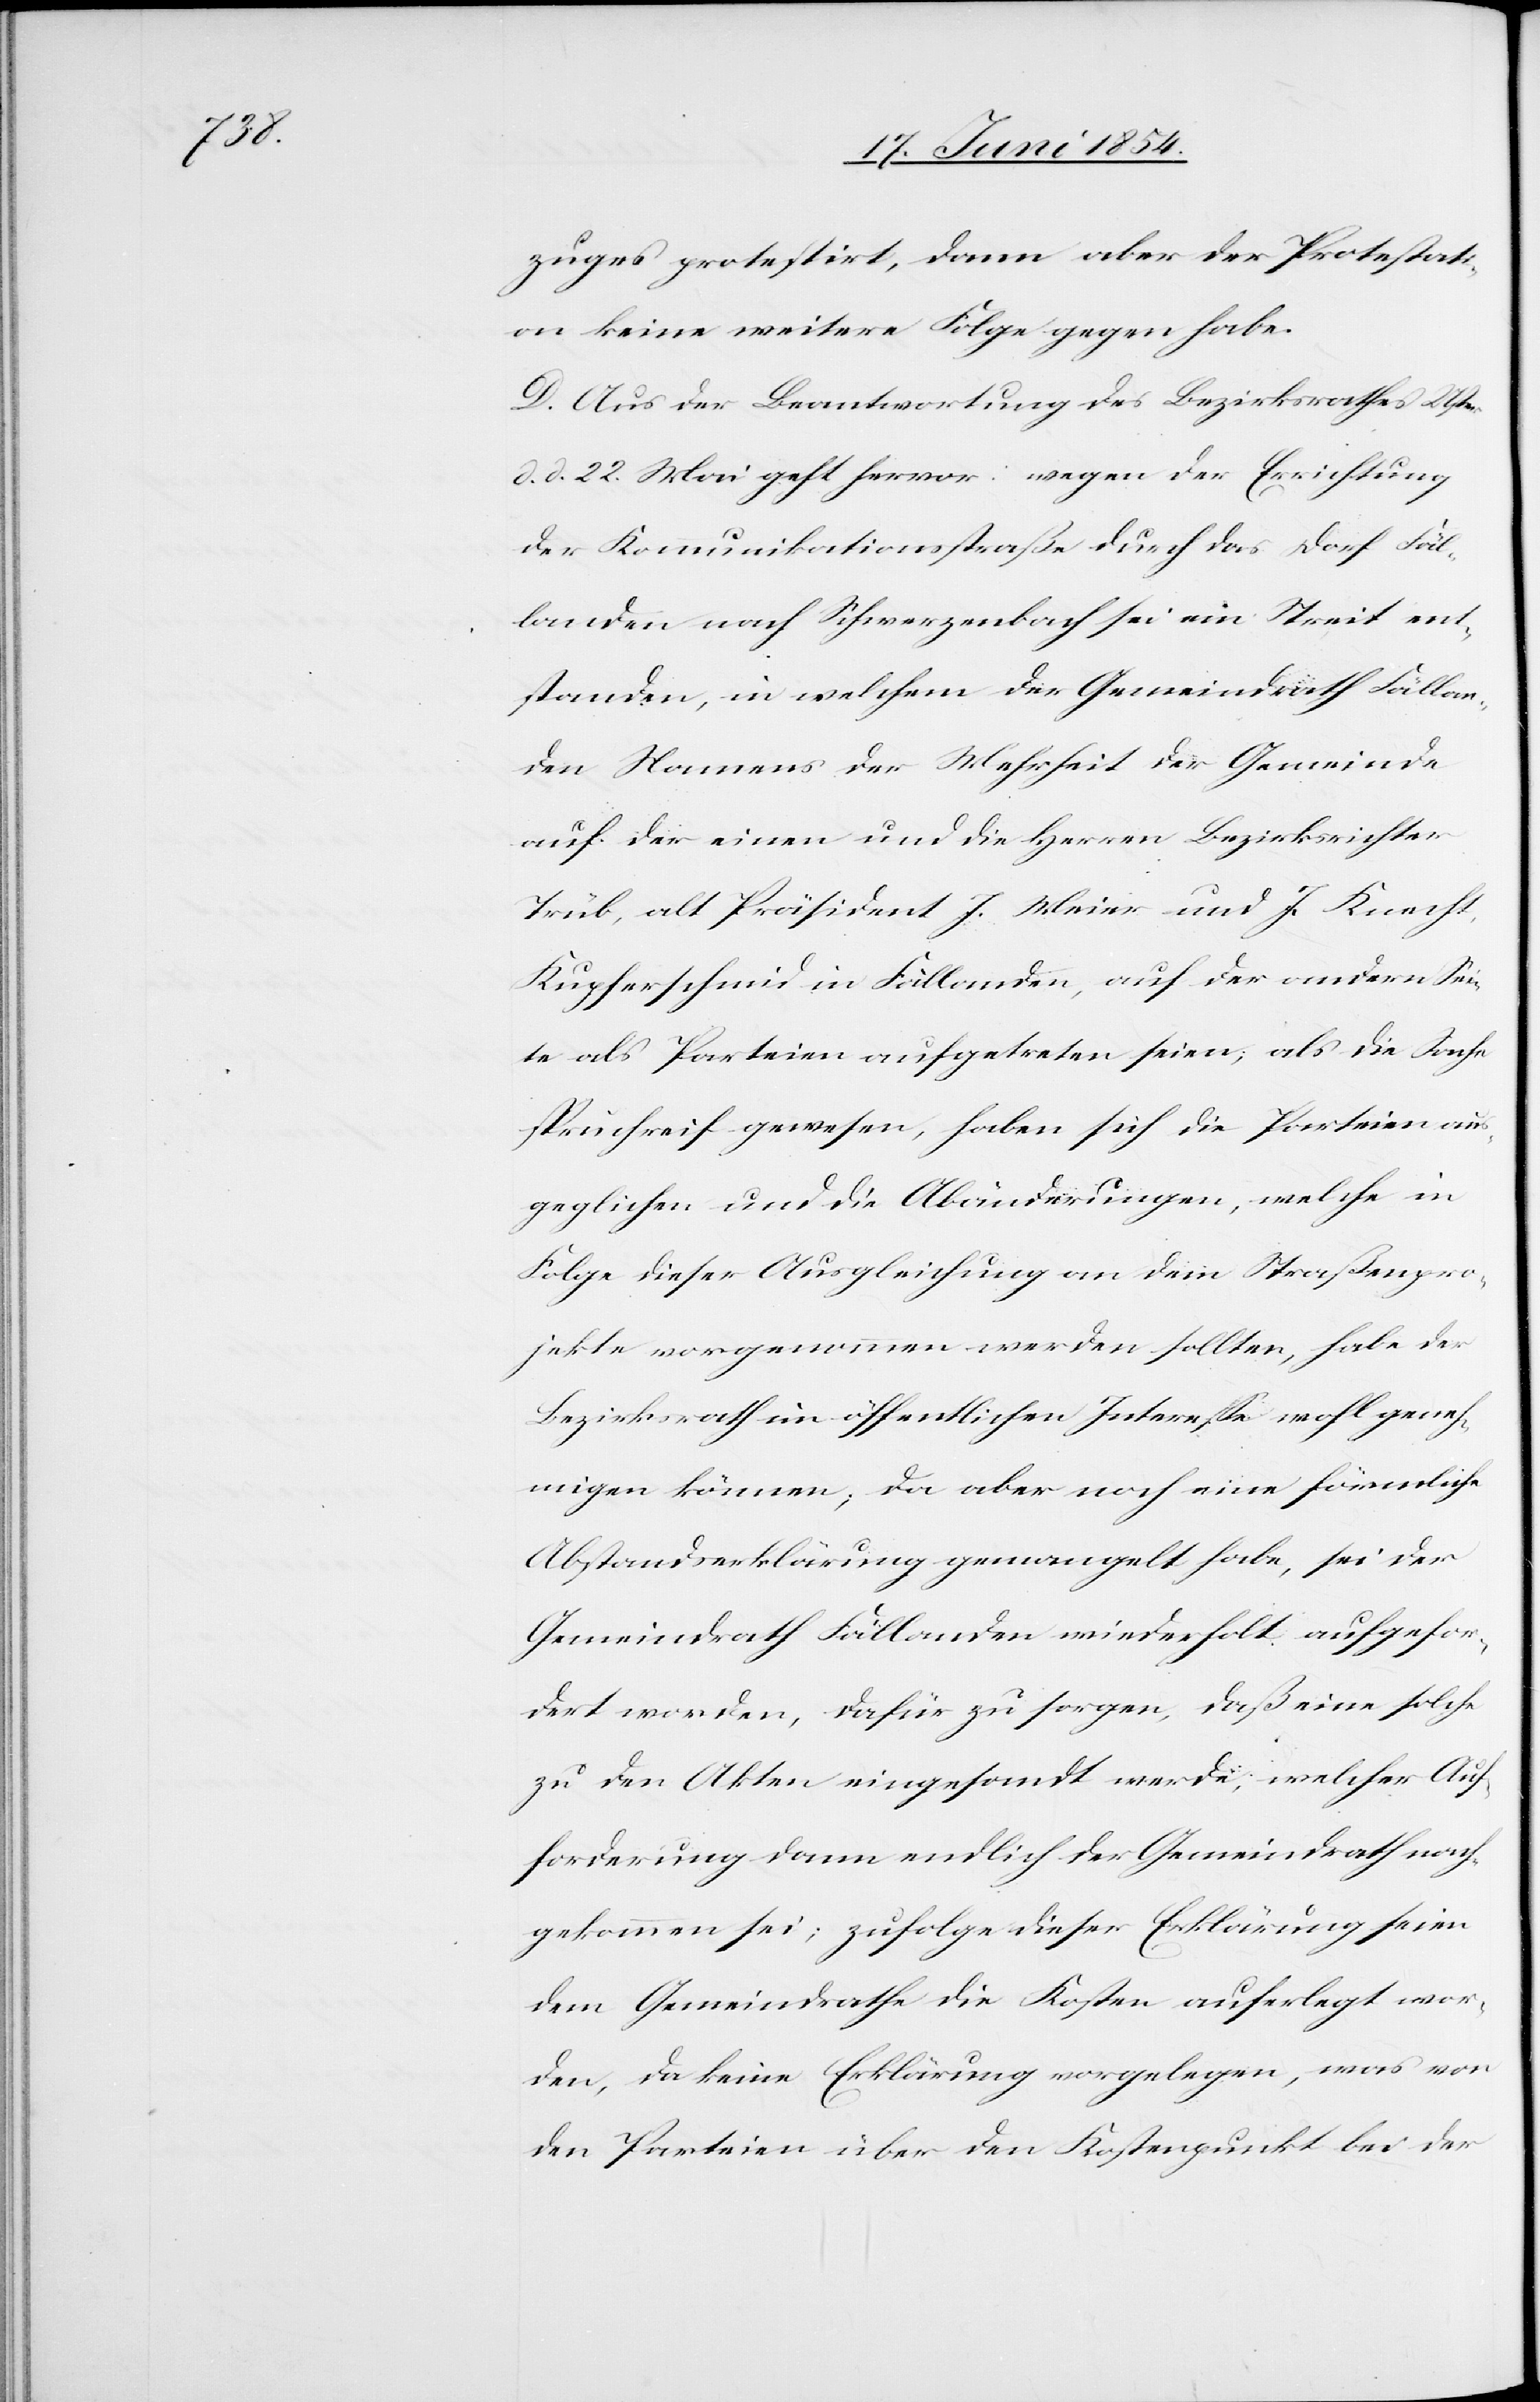
zuges protestirt, dann aber der Protestati¬
on keine weitere Folge gegen habe.
D. Aus der Beantwortung des Bezirksrathes Uster
d. d. 22. Mai geht hervor: wegen der Errichtung
der Kommunikationsstraße durch das Dorf Fäl¬
landen nach Schwerzenbach sei ein Streit ent¬
standen, in welchem der Gemeindrath Fällan¬
den Namens der Mehrheit der Gemeinde
auf der einen und die Herren Bezirksrichter
Trüb, als Präsident J. Meier und J. Knecht,
Kupferschmid in Fällanden, auf der andern Sei¬
te als Parteien aufgetreten seien; als die Sache
spruchreif gewesen, haben sich die Parteien aus¬
geglichen und die Abänderungen, welche in
Folge dieser Ausgleichung an dem Straßenpro¬
jekte vorgenommen werden sollten, habe der
Bezirksrath im öffentlichen Intereße wohl geneh¬
migen können; da aber noch eine förmliche
Abstandserklärung gemangelt habe, sei der
Gemeindrath Fällanden wiederholt aufgefor¬
dert worden, dafür zu sorgen, daß eine solche
zu den Akten eingesandt werde, welcher Auf¬
forderung dann endlich der Gemeindrath nach¬
gekommen sei; zufolge dieser Erklärung seien
dem Gemeindrathe die Kosten auferlegt wor¬
den, da keine Erklärung vorgelegen, was von
den Parteien über den Kostenpunkt bei der